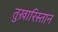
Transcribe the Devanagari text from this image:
तुख़ारिस्तान